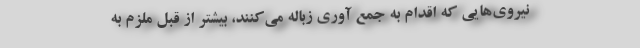
نیروی‌هایی که اقدام به جمع آوری زباله می‌کنند، بیشتر از قبل ملزم به